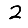
Digit: 2